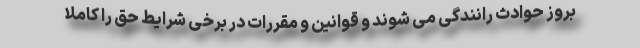
بروز حوادث رانندگی می شوند و قوانین و مقررات در برخی شرایط حق را کاملا